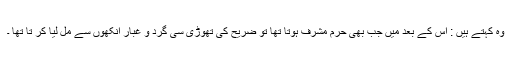
وہ کہتے ہیں : اس کے بعد میں جب بھی حرم مشرف ہوتا تھا تو ضریح کی تھوڑی سی گرد و غبار آنکھوں سے مل لیا کر تا تھا ۔